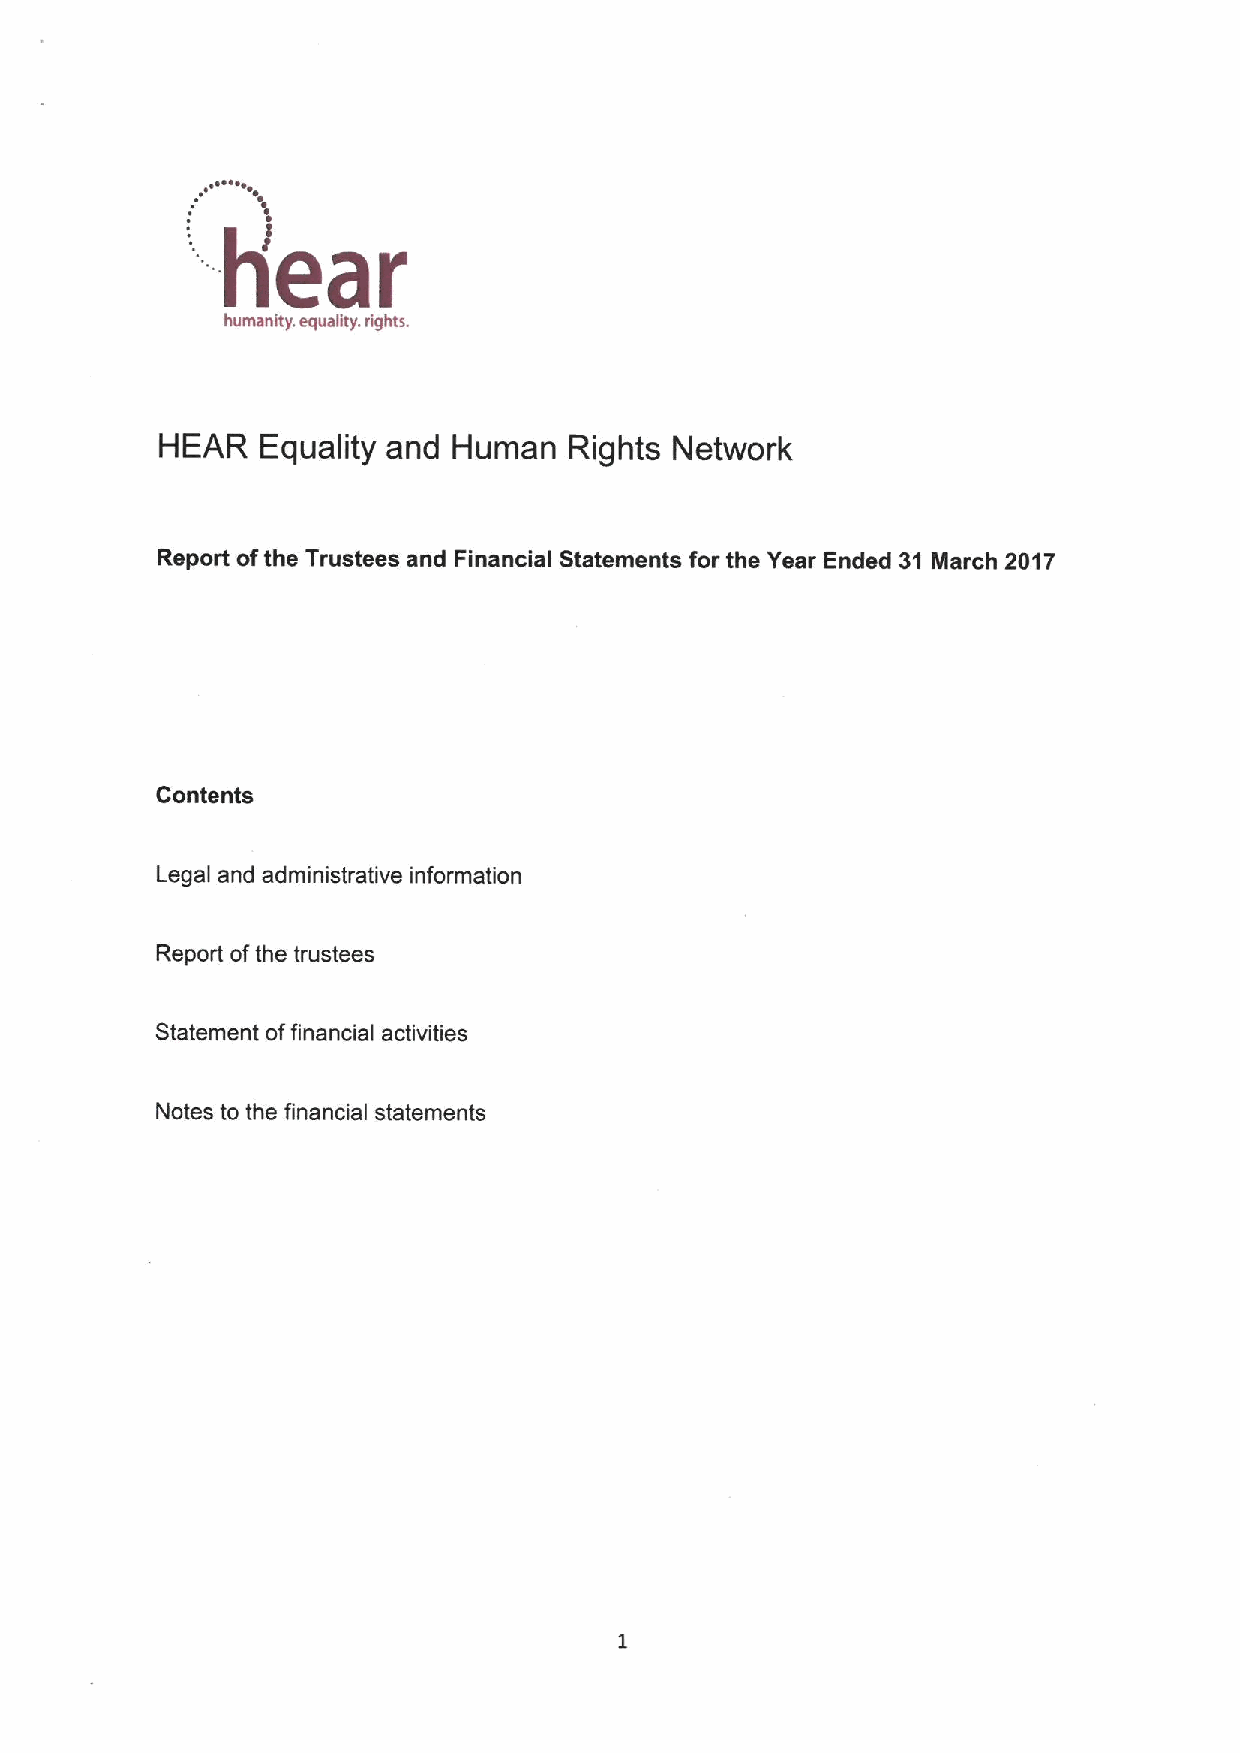
hear
 humanity. equality. rights.
 HEAR  Equality and Human   Rights Network
 Report ofthe Trustees and Financial Statements for the Year Ended 31 March 2017
 Contents
 Legal and administrative information
 Report ofthe trustees
 Statement offinancial activities
 Notes to the financial statements